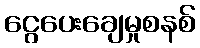
ငွေပေးချေမှုစနစ်